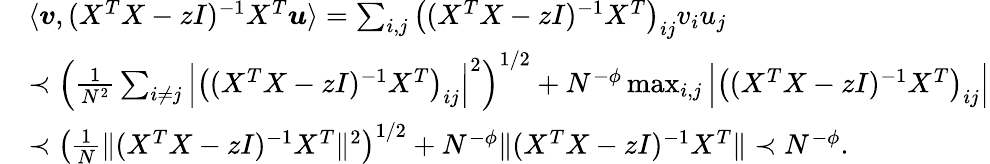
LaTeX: \begin{array}{rl}&{\langle{\boldsymbol v},(X^{T}X-zI)^{-1}X^{T}{\boldsymbol u}\rangle=\sum_{i,j}\left((X^{T}X-zI)^{-1}X^{T}\right)_{ij}v_{i}u_{j}}\\ &{\prec\left(\frac{1}{N^{2}}\sum_{i\neq j}\left|\left((X^{T}X-zI)^{-1}X^{T}\right)_{ij}\right|^{2}\right)^{1/2}+N^{-\phi}\operatorname*{max}_{i,j}\left|\left((X^{T}X-zI)^{-1}X^{T}\right)_{ij}\right|}\\ &{\prec\left(\frac{1}{N}\| (X^{T}X-zI)^{-1}X^{T}\| ^{2}\right)^{1/2}+N^{-\phi}\| (X^{T}X-zI)^{-1}X^{T}\| \prec N^{-\phi}.}\end{array}